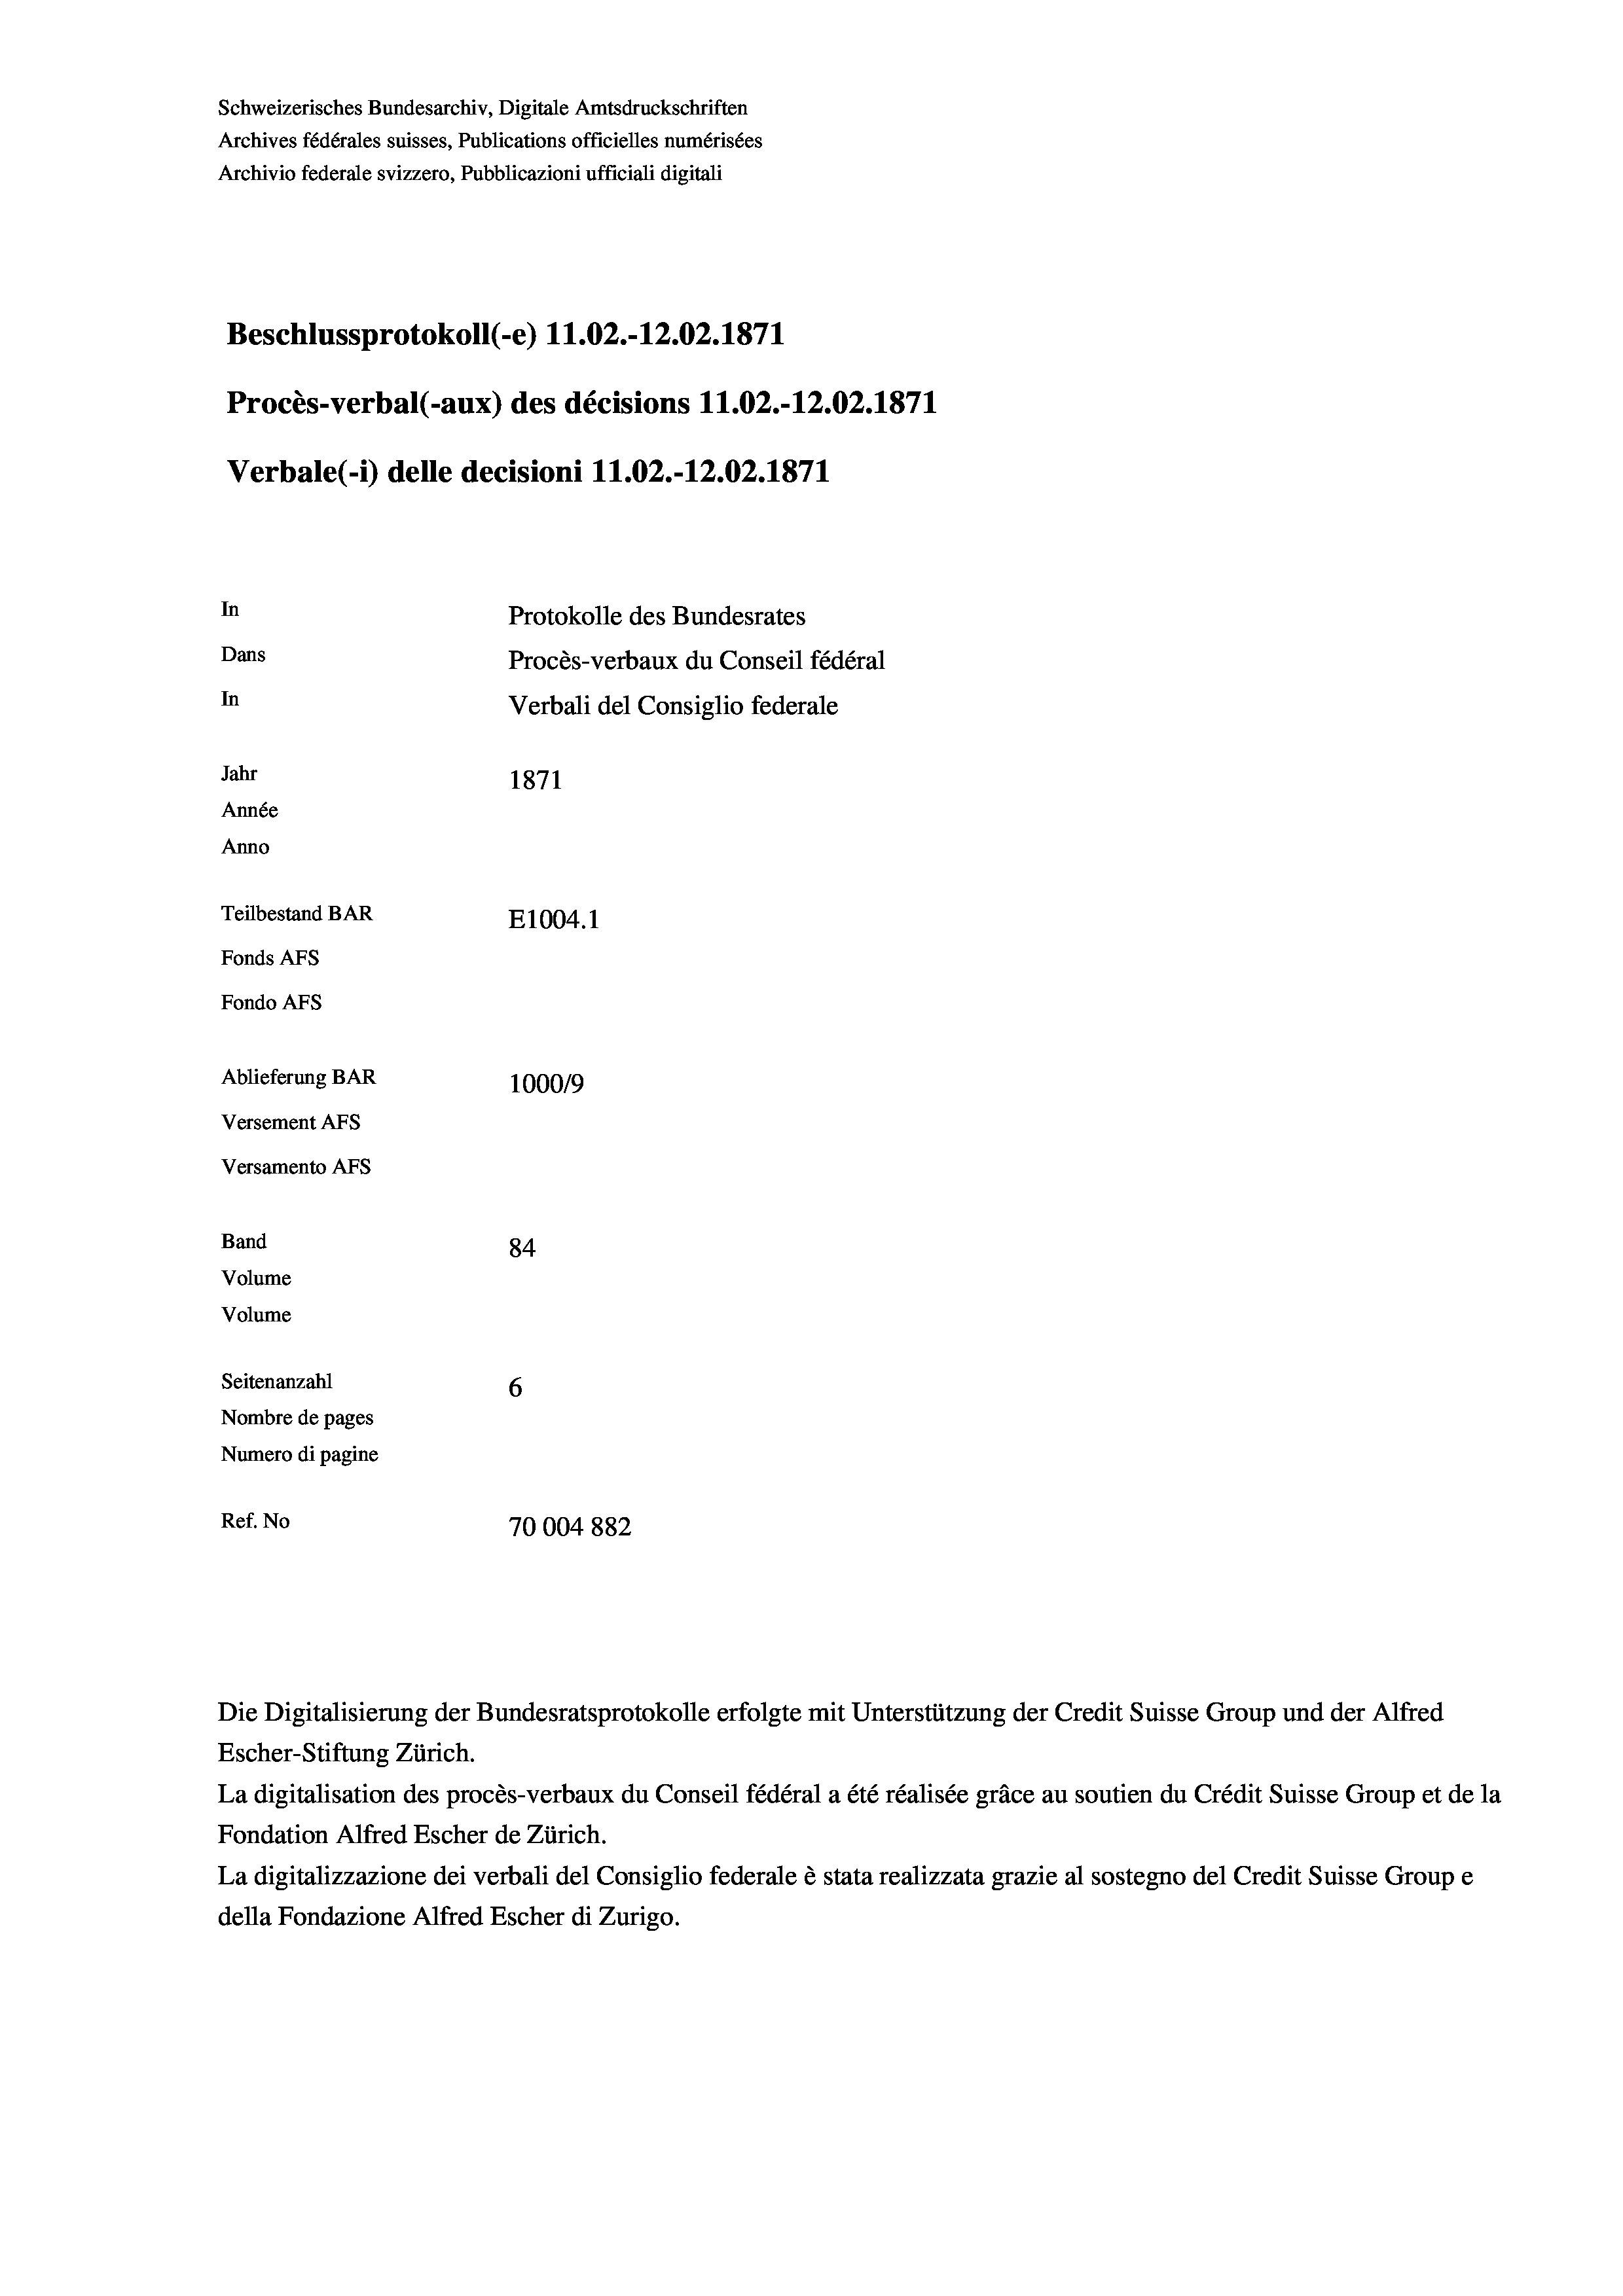
Schweizerisches Bundesarchiv, Digitale Amtsdruckschriften
Archives fédérales suisses, Publications officielles numérisées
Archivio federale svizzero, Pubblicazioni ufficiali digitali
Beschlussprotokoll (-e) 11.02.-12.02. 1871
Procès-verbal (-aux) des décisions 11.02.-12.02. 1871
Verbale(-*) delle decisioni 11.02.-12.02. 1871
In
Protokolle des Bundesrates
Dans
Procès-verbaux du Conseil fédéral
In
Verbali del Consiglio federale
Jahr
1871
Année
Anno
Teilbestand BAR
E1004. 1
Fonds Afs
Fondo AFS
Ablieferung BAR
100019
Versement Ans
Versamento Afs
Band
84
Volume
Volume
Seitenanzahl
6
Nombre de pages
Numero di pagine
Ref. No
70004882

Escher-Stiftung Zürich.
La digitalisation des procès-verbaux du Conseil fédéral a été réalisée gräce au soutien du Crédit Suisse Group et de la
Fondation Alfred Escher de Zürich.
La digitalizzazione dei verbali del Consiglio federale è stata realizzata grazie al sostegno del Credit Suisse Groupe
della Fondazione Alfred Escher di Zurigo.

Die Digitalisierung der Bundesratsprotokolle erfolgte mit Unterstützung der Credit Suisse Group und der Alfred